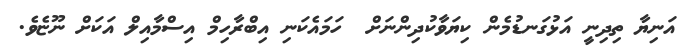
އަނިޔާ ތިދިނީ އަޅުގަނޑުމެން ކިޔަވާކުދިންނަށް  ހަމައެކަނި އިބްރާހިމް އިސްމާއިލް އަކަށް ނޫޏެވެ.